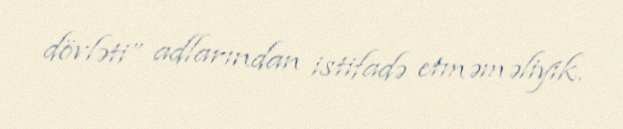
dövləti” adlarından istifadə etməməliyik.